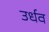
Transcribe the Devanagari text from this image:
उर्धव